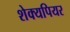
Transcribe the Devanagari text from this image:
शेक्यपियर